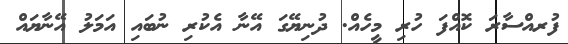
ފުރއްސާރަ ކޮއްފަ ހުރި މީހެއް. ދުނިޔޭގަ އޭނާ އެކުރި ނުބައި އަމަލު އޭނާޔައް